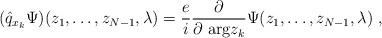
LaTeX: \begin{align*} (\hat q_{x_k} \Psi)(z_1,\dots ,z_{N-1},\lambda) = \frac ei \frac {\partial}{\partial \ \mbox{\rm arg} z_k} \Psi (z_1,\dots ,z_{N-1},\lambda) \ ,\end{align*}